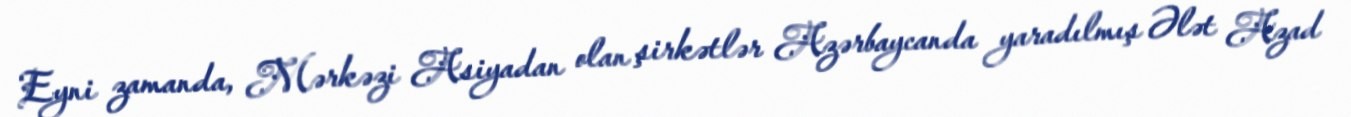
Eyni zamanda, Mərkəzi Asiyadan olan şirkətlər Azərbaycanda yaradılmış Ələt Azad